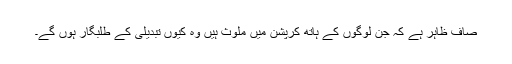
صاف ظاہر ہے کہ جن لوگوں کے ہاتھ کرپشن میں ملوث ہیں وہ کیوں تبدیلی کے طلبگار ہوں گے۔